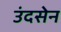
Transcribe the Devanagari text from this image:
उंदसेन